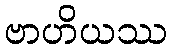
ဗာဟိယဿ